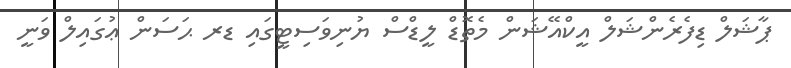
ޕާޝަލް ޑިފެރެންޝަލް އީކްއޭޝަން މެތޮޑް ލީޑްސް ޔުނިވަސިޓީގައި ޑރ ޙަސަން ޢުގައިލް ވަނީ